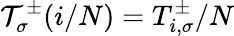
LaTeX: {\cal T}_{\sigma}^{\pm}(i/N)=T_{i,\sigma}^{\pm}/N